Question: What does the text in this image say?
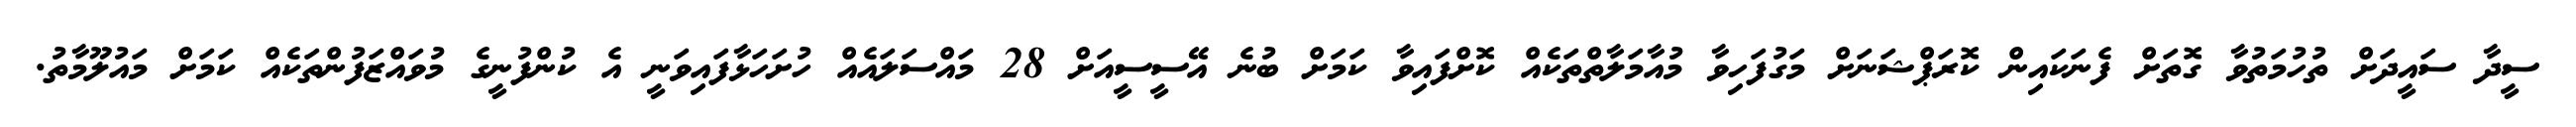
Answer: ސީދާ ސައީދަށް ތުހުމަތުވާ ގޮތަށް ފެނަކައިން ކޮރަޕްޝަނަށް މަގުފަހިވާ މުއާމަލާތްތަކެއް ކޮށްފައިވާ ކަމަށް ބުނެ އޭސީސީއަށް 28 މައްސަލައެއް ހުށަހަޅާފައިވަނީ އެ ކުންފުނީގެ މުވައްޒަފުންތަކެއް ކަމަށް މައުލޫމާތު.